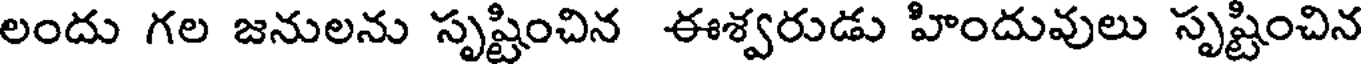
లందు గల జనులను సృష్టించిన ఈశ్వరుడు హిందువులు సృష్టించిన